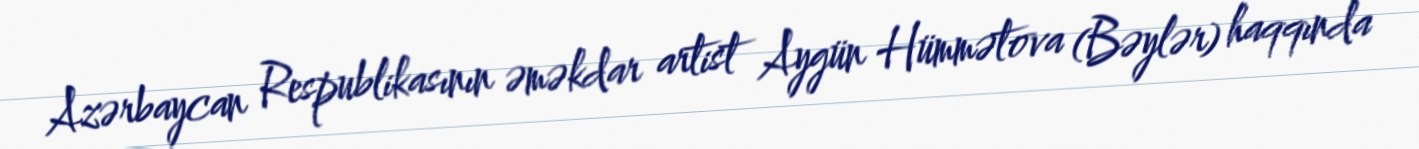
Azərbaycan Respublikasının əməkdar artist Aygün Hümmətova (Bəylər) haqqında